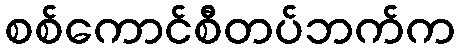
စစ်ကောင်စီတပ်ဘက်က